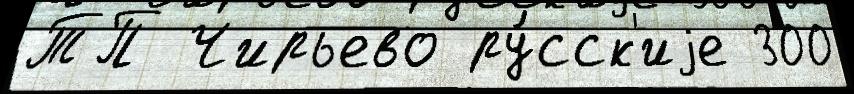
ТП Чирьево ру́сск'иjе 300